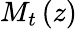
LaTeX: M_{t}\left(z\right)